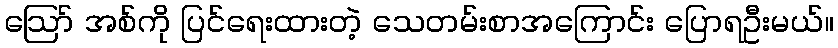
ဪ အစ်ကို ပြင်ရေးထားတဲ့ သေတမ်းစာအကြောင်း ပြောရဦးမယ်။